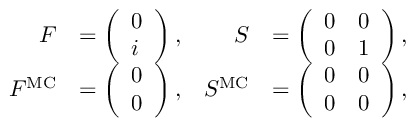
\begin{array} { r l r l } { F } & { = \left( \begin{array} { l } { 0 } \\ { i } \end{array} \right) , } & { S } & { = \left( \begin{array} { l l } { 0 } & { 0 } \\ { 0 } & { 1 } \end{array} \right) , } \\ { F ^ { \mathrm { M C } } } & { = \left( \begin{array} { l } { 0 } \\ { 0 } \end{array} \right) , } & { S ^ { \mathrm { M C } } } & { = \left( \begin{array} { l l } { 0 } & { 0 } \\ { 0 } & { 0 } \end{array} \right) , } \end{array}